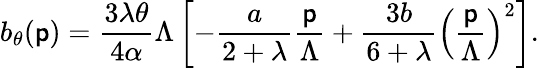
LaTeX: b_{\theta}(\mathsf{p})={\frac{{3\lambda\theta}}{{4\alpha}}}\Lambda\left[-{\frac{{a}}{{2+\lambda}}}{\frac{{\mathsf{p}}}{{\Lambda}}}+{\frac{{3b}}{{6+\lambda}}}\left({\frac{{\mathsf{p}}}{{\Lambda}}}\right)^{2}\right].